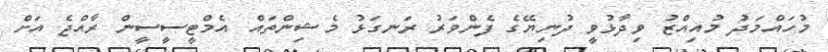
މުހައްމަދު މުއިއްޒު ވިދާޅުވީ ދުނިޔޭގެ ފެންވަރު ރަނގަޅު މެޝިންތައް އެމްޓީސީސީން ރާއްޖެ އަށް